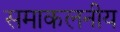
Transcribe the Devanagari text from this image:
समाकलनीय